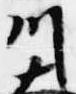
川